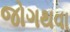
જોગથવા